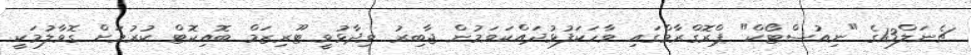
ޗެނަލް13ގެ "ނިއުސްޓޯކް" ޕްރޮގްރާމްގައި ވާހަކަފުޅުދައްކަވަމުން ޖާބިރު ވިދާޅުވީ ޓޫރިޒަމް ބޮއިކޮޓް ކުރުމަށް ގޮވާލުމަކީ